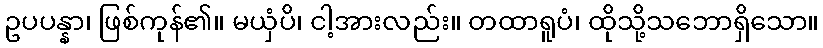
ဥပပန္နာ၊ ဖြစ်ကုန်၏။ မယှံပိ၊ ငါ့အားလည်း။ တထာရူပံ၊ ထိုသို့သဘောရှိသော။